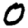
Digit: 0